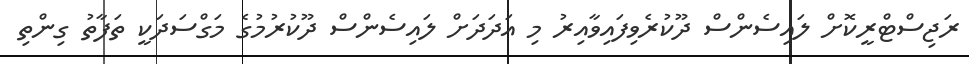
ރަޖިސްޓްރީކޮށް ލައިސެންސް ދޫކުރެވިފައިވާއިރު މި އަދަދަށް ލައިސެންސް ދޫކުރުމުގެ މަގްސަދަކީ ތަފާތު ގިންތި